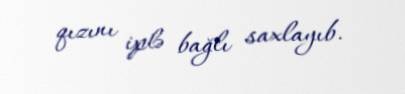
qızını iplə bağlı saxlayıb.